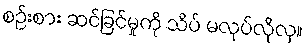
စဉ်းစား ဆင်ခြင်မှုကို သိပ် မလုပ်လိုလှ။